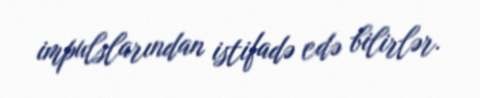
impulslarından istifadə edə bilirlər.